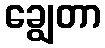
ချွေတာ